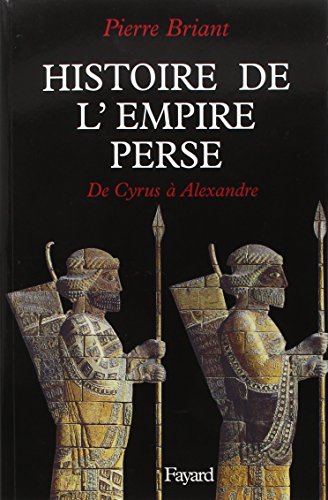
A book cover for Histoire de l'Empire perse: De Cyrus a Alexandre (French Edition); Pierre Briant; History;